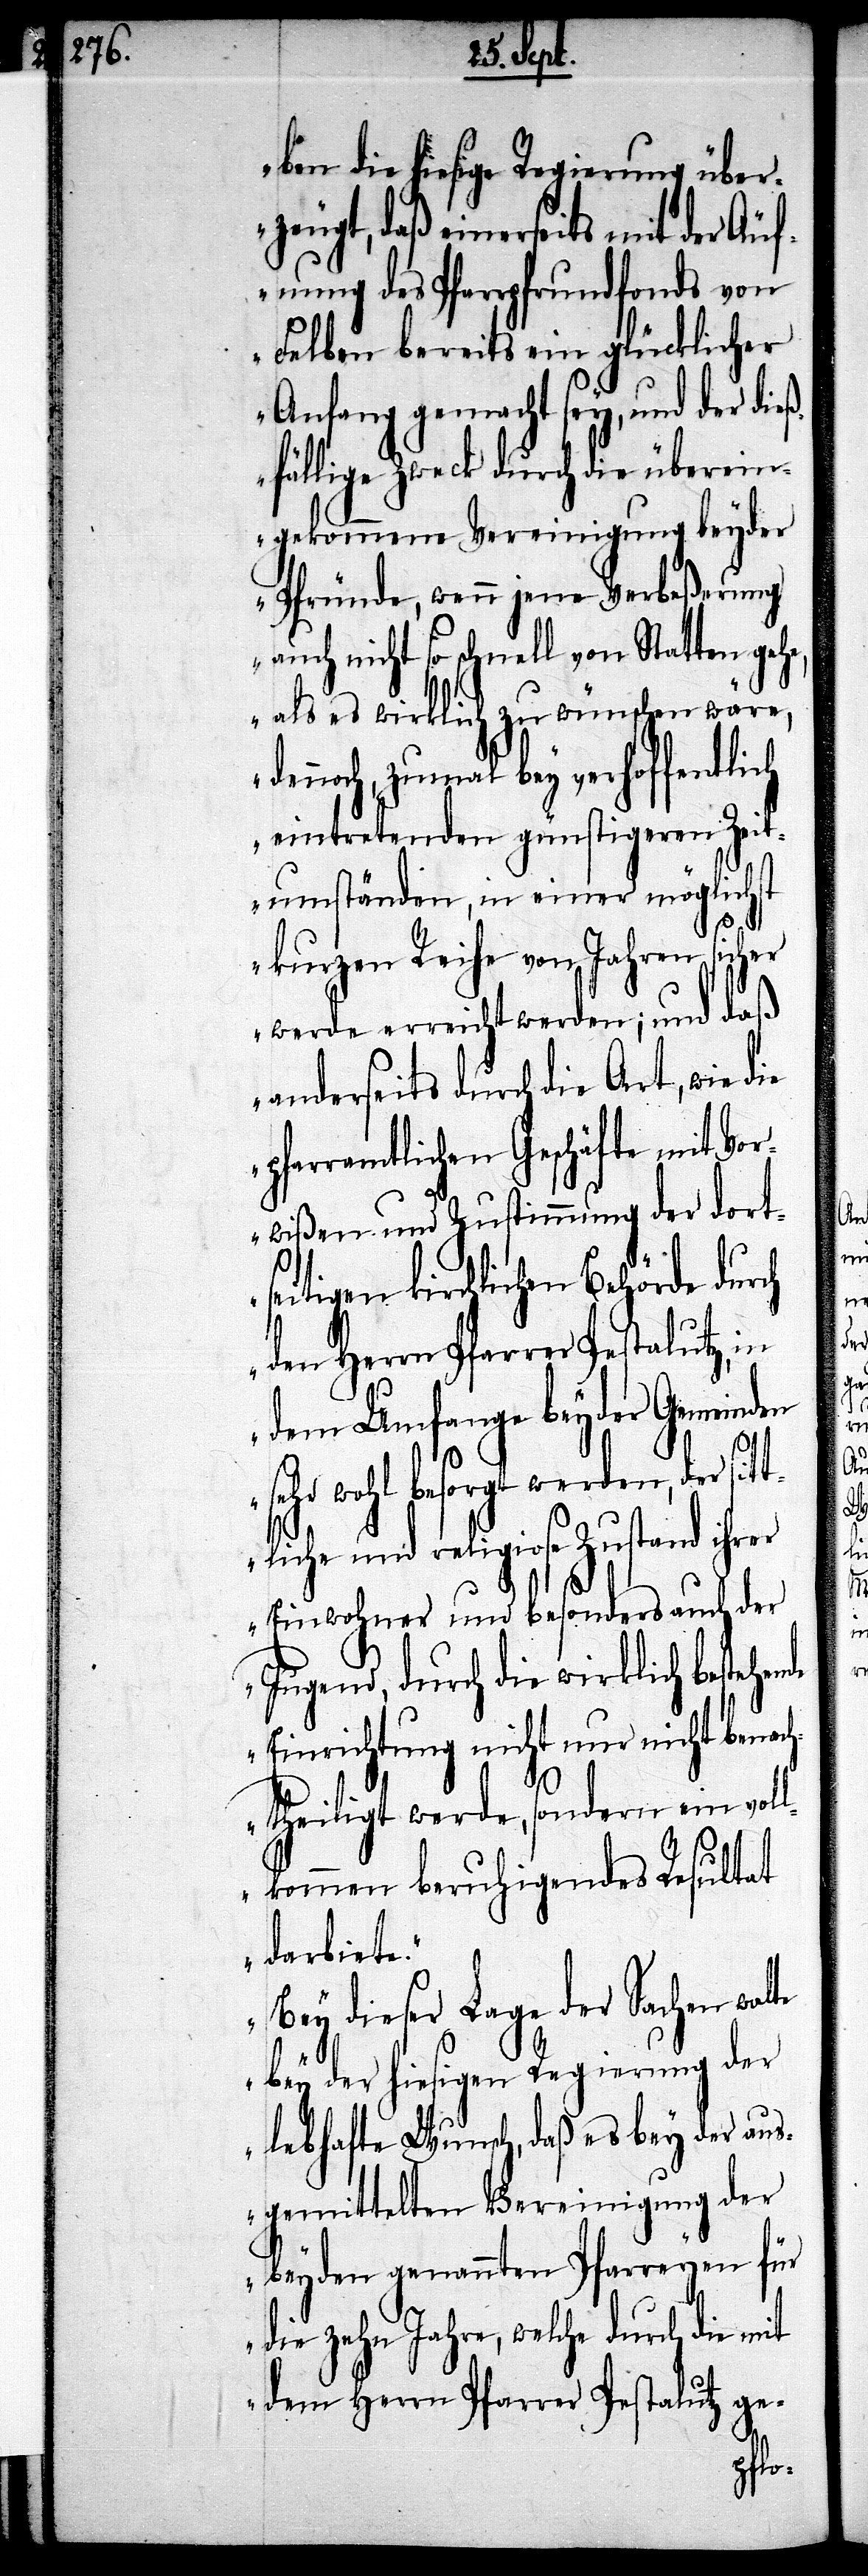
die hiesige Regierung über¬
zeugt, daß einerseits mit der Äuf¬
nung des Pfarrpfrundfonds von
Felben bereits ein glücklicher
Anfang gemacht sey, und der dieß¬
fällige Zweck durch die überein¬
gekommene Vereinigung beyder
Pfründe, wenn jene Verbeßerung
auch nicht so schnell von Statten gehe,
als es wirklich zu wünschen wäre,
dennoch, zumal bey verhoffentlich
eintretenden günstigeren Zeit¬
umständen, in einer möglichst
nde
kurzen Reihe von Jahren sicher
werde erreicht werden; und daß
anderseits durch die Art, wie die
pfarramtlichen Geschäfte mit Vor¬
wißen und Zustimmung der dorts¬
eitigen kirchlichen Behörde dur¬
den Herrn Pfarrer Pestalutz, in
dem Umfange beyder Gemeinden
wohl besorgt werden, der
und religiose Zustand ihrer
Einwohner und besonders auch
Jugend, durch die wirklich bestehe¬
Einrichtung nicht nur nicht benach¬
theiligt werde, sondern ein voll¬
kommen beruhigendes Resultat
darbiete.
Bey dieser Lage der Sachen walte
bey der hiesigen Regierung der
lebhafte Wunsch, daß es bey der aus¬
gemittelten Vereinigung der
beyden genannten Pfarreyen für
die zehn Jahre, welche durch die mit
dem Herrn Pfarrer Pestalutz ge-
ch
sehr